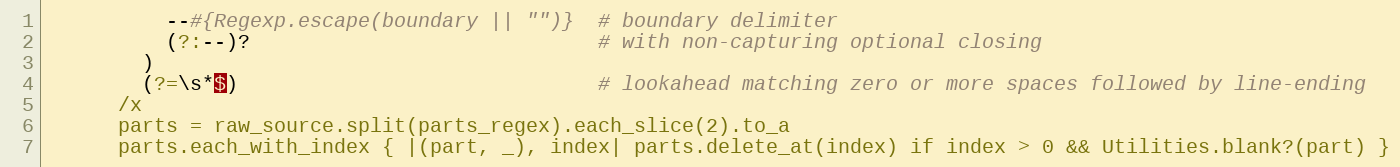
Language: Ruby
          --#{Regexp.escape(boundary || "")}  # boundary delimiter
          (?:--)?                             # with non-capturing optional closing
        )
        (?=\s*$)                              # lookahead matching zero or more spaces followed by line-ending
      /x
      parts = raw_source.split(parts_regex).each_slice(2).to_a
      parts.each_with_index { |(part, _), index| parts.delete_at(index) if index > 0 && Utilities.blank?(part) }